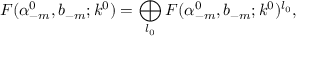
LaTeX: { \cal F } ( \alpha _ { - m } ^ { 0 } , b _ { - m } ; k ^ { 0 } ) = \bigoplus _ { l _ { 0 } } { \cal F } ( \alpha _ { - m } ^ { 0 } , b _ { - m } ; k ^ { 0 } ) ^ { l _ { 0 } } ,